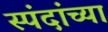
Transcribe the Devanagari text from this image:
स्पंदांच्या